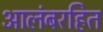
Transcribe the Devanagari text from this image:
आलंबरहित